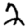
Digit: 2